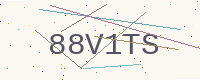
Text: 88V1TS